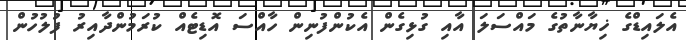
އެލައިޑްގެ ޚިޔާނާތުގެ މައްސަލަ އާއި ގުޅިގެން އެކުންފުނިން ހާއްސަ އޮޑިޓެއް ކުރަމުންދާއިރު ފުލުހުން